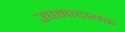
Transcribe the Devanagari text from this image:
उपमादायक